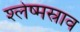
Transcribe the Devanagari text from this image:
श्लेष्मस्राव